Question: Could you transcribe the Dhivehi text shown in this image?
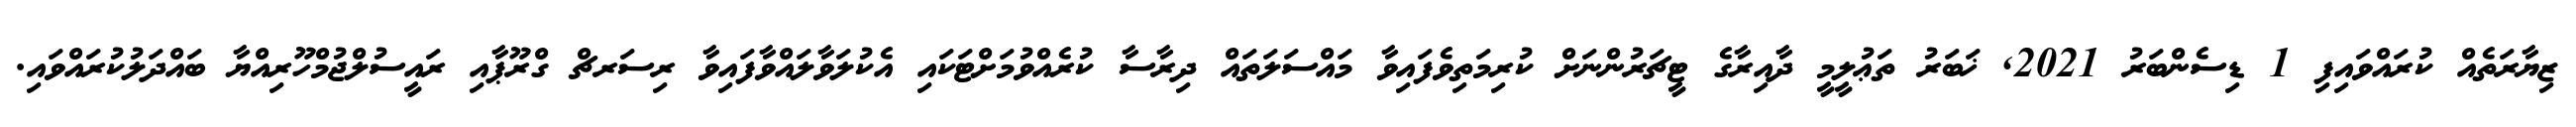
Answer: ޒިޔާރަތެއް ކުރައްވައިފި 1 ޑިސެންބަރު 2021, ޚަބަރު ތަޢުލީމީ ދާއިރާގެ ޓީޗަރުންނަށް ކުރިމަތިވެފައިވާ މައްސަލަތައް ދިރާސާ ކުރެއްވުމަށްޓަކައި އެކުލަވާލައްވާފައިވާ ރިސަރޗް ގްރޫޕާއި ރައީސުލްޖުމްހޫރިއްޔާ ބައްދަލުކުރައްވައި.